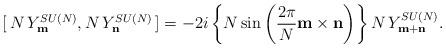
LaTeX: \begin{align*}[\,N\,Y^{SU(N)}_{\bf m}, N\,Y^{SU(N)}_{\bf n}\,] =-2i \left\{ N\sin\left(\frac{2\pi}{N}{\bf m\times n}\right)\right\} N\,Y^{SU(N)}_{\bf m+n}. \end{align*}